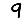
Digit: 9